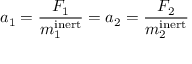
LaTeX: a _ { 1 } = { \frac { F _ { 1 } } { m _ { 1 } ^ { \mathrm { i n e r t } } } } = a _ { 2 } = { \frac { F _ { 2 } } { m _ { 2 } ^ { \mathrm { i n e r t } } } }